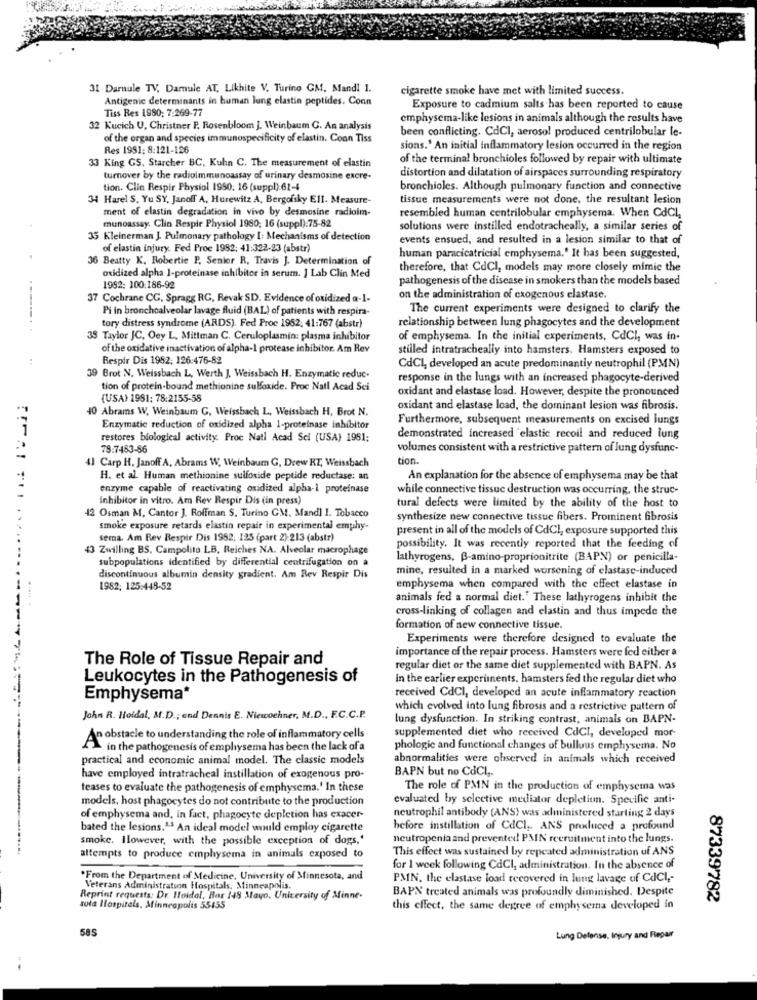
31 Darnule TV, Damule AT, Likhite V. Turino CM, Mand! 1.
cigarette smoke have met with limited success.
Antigenic determinants in human lung elastin peptides. Conn
Tiss Res 1980; 7:269-77
Exposure to cadmium salts has been reported to cause
emphysema-like lesions in animals although the results have
32 Kucich U. Christner P. Rosenbloom J. Weinbaum C. An analysis
been conflicting. CdCl, aerosol produced centrilobular le-
of the organ and species immunospecificity of elastin. Coon Tiss
Res 1951; 8:121-126
sions.' An initial inflammatory lesion occurred in the region
33 King GS, Starcher BC, Kuhn C. The measurement of elastin
of the terminal bronchioles followed by repair with ultimate
turnover by the radioimmunoassay of urinary desmosine excre-
distortion and dilatation of airspaces surrounding respiratory
tion. Clin Respir Physiol 1950. 16 (suppl) 62-4
bronchioles. Although pulmonary function and connective
34 Harel S. Yu SY. Janoff A. Hurewitz A, Bergofsky EIl. Measure-
tissue measurements were not done, the resultant lesion
ment of elastin degradation in vivo by desmosine radioim-
resembled human centrilobular emphysema. When CdCl
munoassay. Clin Respir Physiol 1980; 16 (suppl).75-82
solutions were instilled endotracheally, a similar series of
35 Kleinerman J. Pulmonary pathology I: Mechanisms of detection
events ensued, and resulted in a lesion similar to that of
of elastin injury. Fed Proc 1952: 41:322-23 (abstr)
36 Beatty K. Robertie P, Senior R, Travis J. Determination of
human paracicatricial emphysema.' It has been suggested,
therefore, that CdCl, models may more closely mimic the
oxidized alpha 1-proteinase inhibitor in serum. ] Lab Clin Med
pathogenesis of the disease in smokers than the models based
1982: 100:186-92
37 Cochrane CG, Spragg RG, Revak SD. Evidence of oxidized a-1-
on the administration of cxogenous elastase.
Pi in bronchoalveolar lavage fluid (BAL) of patients with respira-
The current experiments were designed to clarify the
tory distress syndrome (ARDS). Fed Proc 1952: 41:767 (abstr)
relationship between lung phagocytes and the development
38 Taylor JC, Oey L, Mittman C. Ceruloplasmin: plasma inhibitor
of emphysema. In the initial experiments, CdCI, was in-
of the oxidative inactivation of alpha-1 protease inhibitor. Am Rev
stilled intratracheally into hamsters. Hamsters exposed to
Respir Dis 1982; 126:476-82
CdCl, developed an acute predominantly neutrophil (PMN)
39 Brot N. Weissbach L, Werth J, Weissbach H. Enzymatic reduc.
response in the lungs with an increased phagocyte-derived
tion of protein-bound methionine sulfoxide. Proc Natl Acad Sci
oxidant and elastase load. However, despite the pronounced
(USA) 1981: 78:2155-58
40 Abrams W, Weinbaum G, Weissbach L, Weissbach H, Brot N.
oxidant and elastase load, the dominant lesion was fibrosis.
Furthermore, subsequent measurements on excised lungs
Enzymatic reduction of oxidized alpha 1-proteinase inhibitor
restores biological activity. Proc Natl Acad Sci (USA) 1981:
demonstrated increased 'elastic recoil and reduced lung
78:7483-86
volumes consistent with a restrictive pattern of lung dysfunc-
41 Carp H. Janoff A. Abrams W, Weinbaum G, Drew RZ, Weissbach
tion.
H. et al. Human methionine sulfoside peptide reductase: an
An explanation for the absence of emphysema may be that
enzyme capable of reactivating oxidized alpha-1 proteinase
while connective tissue destruction was occurring, the struc-
inhibitor in vitro. Am Rev Respir Dis (in press)
42 Osman M. Cantor J. Roffman S. Turino GM. Mandl 1. Tobacco
tural defects were limited by the ability of the host to
synthesize new connective tissue fibers. Prominent fibrosis
smoke exposure retards elastin repair in experimental emphy-
present in all of the models of CdCI, exposure supported this
sema. Am Rev Respir Dis 1952: 125 (part 2):213 (abstr)
43 Zwilling BS. Campolito LB. Reiches NA. Alveolar macrophage
possibility. It was recently reported that the feeding of
subpopulations identified by differential centrifugation on a
lathyrogens, B-amino-proprionitrite (BAPN) or penicilla-
mine, resulted in a marked worsening of elastase-induced
discontinuous albumin density gradient. Am Rev Respir Dis
1982; 125:448-52
emphysema when compared with the effect elastase in
animals fed a normal diet." These lathyrogens inhibit the
..... .
cross-linking of collagen and elastin and thus impede the
formation of new connective tissue.
Experiments were therefore designed to evaluate the
importance of the repair process. Hamsters were fed either a
The Role of Tissue Repair and
regular diet or the same diet supplemented with BAPN. As
Leukocytes in the Pathogenesis of
In the carlier experiments, hamsters fed the regular diet who
Emphysema*
received CdCI, developed an acute inflammatory reaction
which evolved into lung fibrosis and a restrictive pattern of
John R. Hoidal, M.D .; and Dennis E. Niewochner, M.D ., F.C.C.P.
lung dysfunction. In striking contrast, animals on BAPN-
supplemented diet who received CdCI, developed mor-
An obstacle to understanding the role of inflammatory cells
in the pathogenesis of emphysema has been the lack of a
phologic and functional changes of bullous emphysema. No
practical and economic animal model. The classic models
abnormalities were observed in animals which received
BAPN but no CdCl,
have employed intratracheal instillation of exogenous pro-
teases to evaluate the pathogenesis of emphysema.' In these
The role of PMN in the production of emphysema was
models, host phagocytes do not contribute to the production
evaluated by selective mediator depletion. Specific anti-
of emphysema and, in fact, phagocyte depletion has exacer-
neutrophil antibody (ANS) was administered starting 2 days
bated the lesions.43 An ideal model wild employ cigarette
before instillation of CdCI ,. ANS produced a profound
smoke. However, with the possible exception of dogs,'
neutropenia and prevented PMIN recruitment into the lungs.
This effect was sustained by repeated administration of ANS
attempts to produce emphysema in animals exposed to
for 1 week following CdCI, administration. In the absence of
*From the Department of Medicine, University of Minnesota, and
PMN, the elastase load recovered in lung lavage of CdCl ,-
Veterans Administration Hospitals, Minneapolis.
BAPN' treated animals was profoundly diminished. Despite
Reprint requests: Dr. Hoidal, Bar 148 Mayo, University of Minne-
87339782
tota Hospitals, Minneapolis 55455
this effect, the same degree of emphysema developed in
585
Lung Defense, Injury and Repair